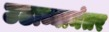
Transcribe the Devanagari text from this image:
उठाव्यानंतर